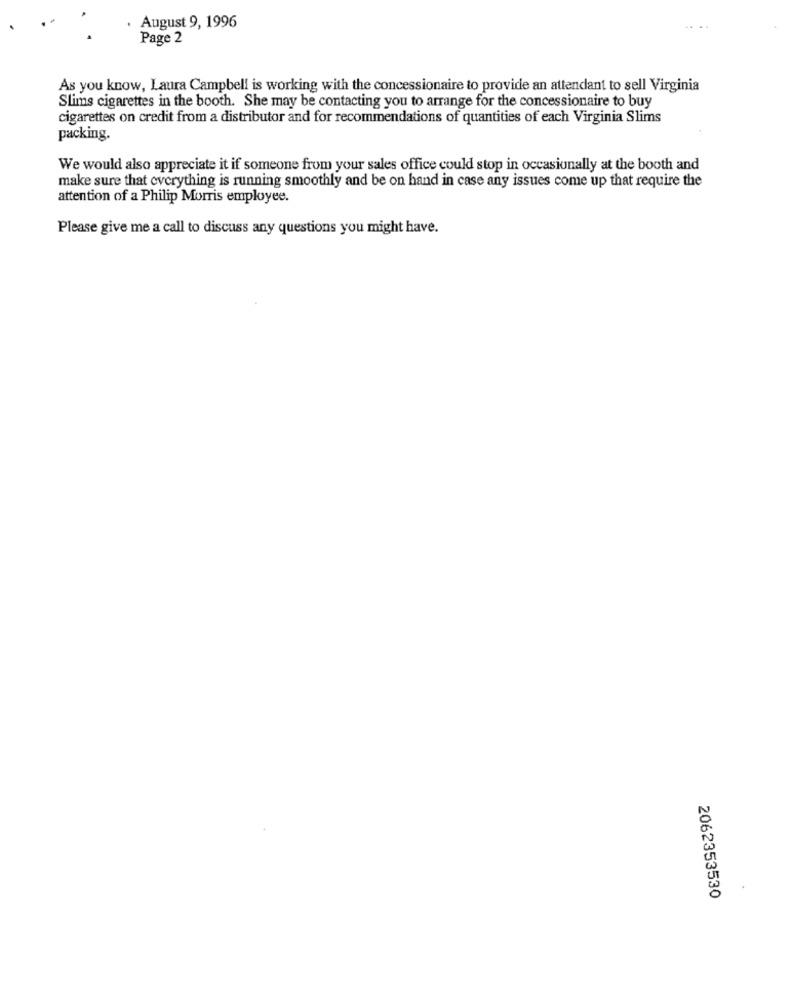
August 9, 1996
Page 2
As you know, Laura Campbell is working with the concessionaire to provide an attendant to sell Virginia
Slims cigarettes in the booth. She may be contacting you to arrange for the concessionaire to buy
cigarettes on credit from a distributor and for recommendations of quantities of each Virginia Slims
packing.
We would also appreciate it if someone from your sales office could stop in occasionally at the booth and
make sure that everything is running smoothly and be on hand in case any issues come up that require the
attention of a Philip Morris employee.
Please give me a call to discuss any questions you might have.
2062353530